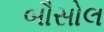
બૌસોલ